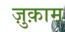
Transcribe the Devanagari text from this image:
ज़ुक़ाम